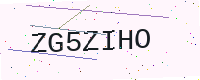
Text: ZG5ZIHO